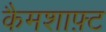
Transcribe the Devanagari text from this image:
कैमशाफ़्ट